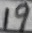
Text: 19